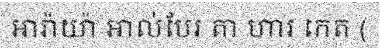
អារ៉ាយ៉ា អាល់បែរ តា ហារ កេត (